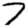
Digit: 7